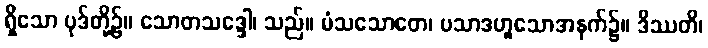
ရှိသော ပုဒ်တို့၌။ သောတသဒ္ဒေါ၊ သည်။ မံသသောတေ၊ ပသာဒဟူသောအနက်၌။ ဒိဿတိ၊